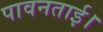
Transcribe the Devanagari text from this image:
पावनताई।